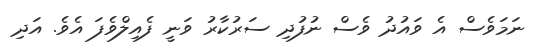
ނަމަވެސް އެ ވައުދު ވެސް ނުފުދި ސަރުކާރު ވަނީ ފެއިލްވެފަ އެވެ. އަދި